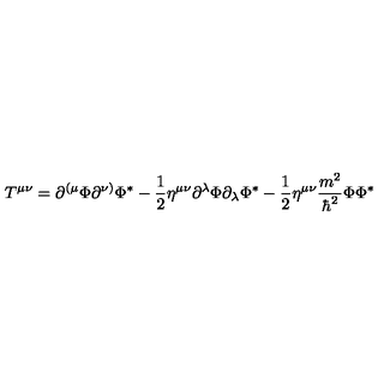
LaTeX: T ^ { \mu \nu } = \partial ^ { ( \mu } \Phi \partial ^ { \nu ) } \Phi ^ { * } - \frac 1 2 \eta ^ { \mu \nu } \partial ^ { \lambda } \Phi \partial _ { \lambda } \Phi ^ { * } - \frac 1 2 \eta ^ { \mu \nu } \frac { m ^ { 2 } } { \hbar ^ { 2 } } \Phi \Phi ^ { * }